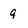
Character: 9